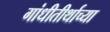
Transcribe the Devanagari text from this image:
गांधीतीर्थाच्या